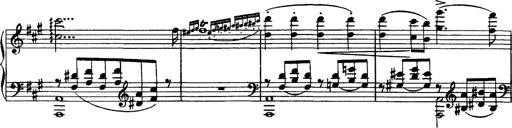
Title: Piano Sonata
Composer: Karl HÃ¤ssler
Key: C major